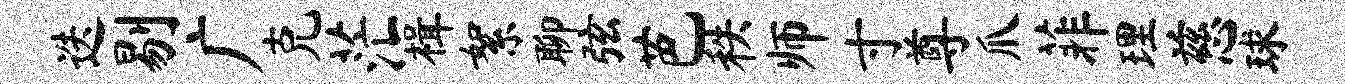
迭剔广克茫楫絮聊弦芭秩师寸尊爪菲理慈球